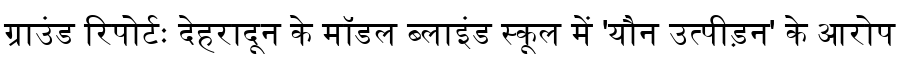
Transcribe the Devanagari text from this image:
ग्राउंड रिपोर्टः देहरादून के मॉडल ब्लाइंड स्कूल में 'यौन उत्पीड़न' के आरोप